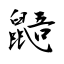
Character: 鼯